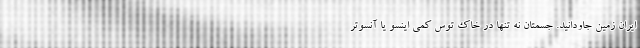
ایران زمین جاودانید. جسمتان نه تنها در خاکِ توس کمی اینسو یا آنسوتر